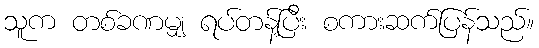
သူက တစ်ခဏမျှ ရပ်တန့်ပြီး စကားဆက်ပြန်သည်။